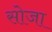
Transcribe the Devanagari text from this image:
सोजा